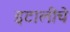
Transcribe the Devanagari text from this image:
इटालीचे